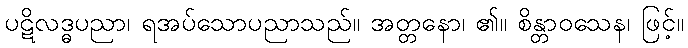
ပဋိလဒ္ဓပညာ၊ ရအပ်သောပညာသည်။ အတ္တနော၊ ၏။ စိန္တာဝသေန၊ ဖြင့်။